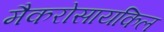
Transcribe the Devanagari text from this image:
मैकरोसायकिल